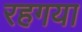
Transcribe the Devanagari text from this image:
रहगया